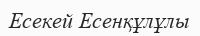
Есекей Есенқұлұлы